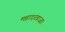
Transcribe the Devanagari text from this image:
महादरवाजाः